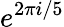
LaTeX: e^{2\pi i/5}